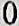
0